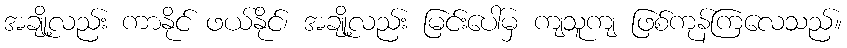
အချို့လည်း ကာနိုင် ဖယ်နိုင်၊ အချို့လည်း မြင်းပေါ်မှ ကျသူကျ ဖြစ်ကုန်ကြလေသည်။